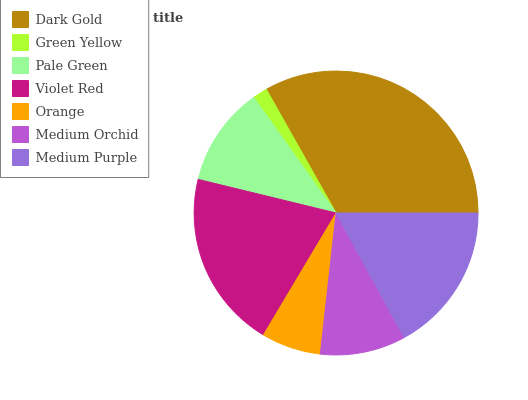
| Dark Gold | Green Yellow | Pale Green | Violet Red | Orange | Medium Orchid | Medium Purple |
 | --- | --- | --- | --- | --- | --- | --- |
 | 33.1% | 1.67% | 11.4% | 20.2% | 6.79% | 9.75% | 17% |